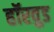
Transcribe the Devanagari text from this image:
हॉरवुड